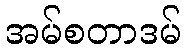
အမ်စတာဒမ်